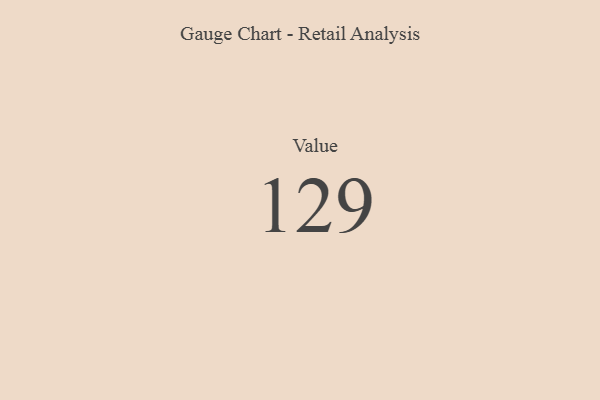
{"axis": {"x": "Metric", "y": "Value"}, "legend": [""], "data": [{"x": "Value", "y": 129, "type": ""}]}